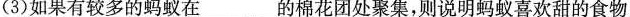
(3)如果有较多的蚂蚁在_____的棉花团处聚集，则说明蚂蚁喜欢甜的食物。